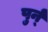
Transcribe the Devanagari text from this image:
पुर्न्